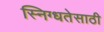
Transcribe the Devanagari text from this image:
स्निग्धतेसाठी